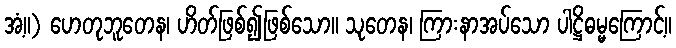
အံ့။) ဟေတုဘူတေန၊ ဟိတ်ဖြစ်၍ဖြစ်သော။ သုတေန၊ ကြားနာအပ်သော ပါဋ္ဌိဓမ္မကြောင့်။